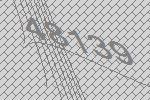
48139